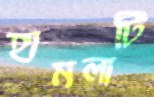
হামলাটি